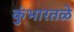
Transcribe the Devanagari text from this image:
कुंभारतळे